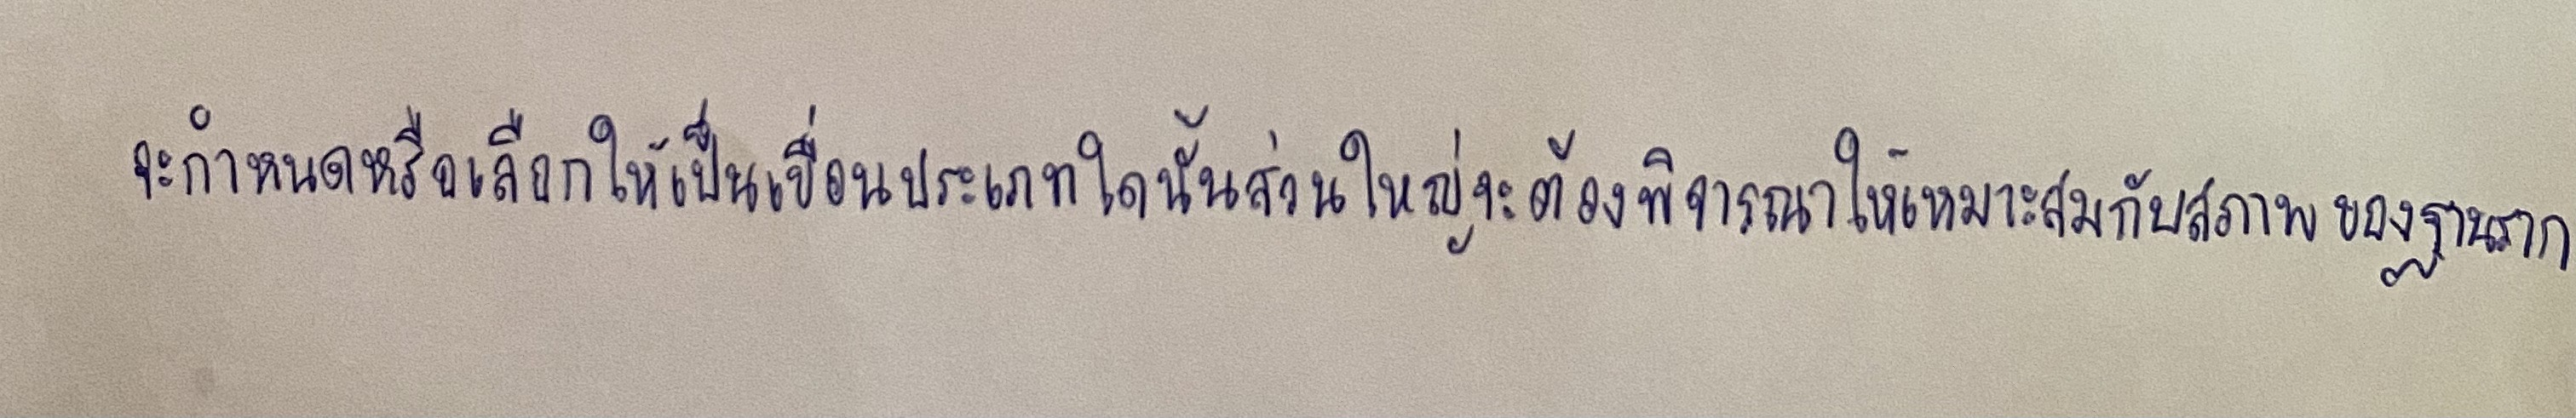
จะกำหนดหรือเลือกให้เป็นเขื่อนประเภทใดนั้นส่วนใหญ่จะต้องพิจารณาให้เหมาะสมกับสภาพของฐานราก